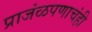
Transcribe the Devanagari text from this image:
प्राजंळपणाचंही